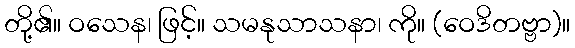
တို့၏။ ဝသေန၊ ဖြင့်။ သမနုသာသနာ၊ ကို။ (ဝေဒိတဗ္ဗာ)။